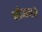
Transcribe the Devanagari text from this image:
चीजको